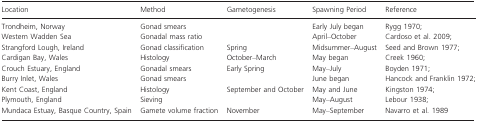
| Location | Method | Gametogenesis | Spawning Period | Reference |
 | --- | --- | --- | --- | --- |
 | Trondheim, Norway | Gonad smears |  | Early July began | Rygg 1970; |
 | Western Wadden Sea | Gonadal mass ratio |  | April–October | Cardoso et al. 2009; |
 | Strangford Lough, Ireland | Gonad classification | Spring | Midsummer–August | Seed and Brown 1977; |
 | Cardigan Bay, Wales | Histology | October–March | May began | Creek 1960; |
 | Crouch Estuary, England | Gonadal smears | Early Spring | May–July | Boyden 1971; |
 | Burry Inlet, Wales | Gonad smears |  | June began | Hancock and Franklin 1972; |
 | Kent Coast, England | Histology | September and October | May and June | Kingston 1974; |
 | Plymouth, England | Sieving |  | May–August | Lebour 1938; |
 | Mundaca Estuay, Basque Country, Spain | Gamete volume fraction | November | May–September | Navarro et al. 1989 |